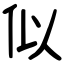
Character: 似